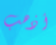
أذهب